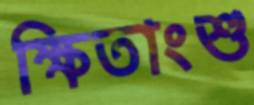
ক্ষিতাংশু